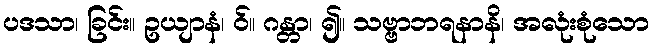
ပဒသာ၊ ခြင်း။ ဥယျာနံ၊ ဝ်။ ဂန္တာ၊ ၍။ သဗ္ဗာဘရနာနိ၊ အလုံးစုံသော